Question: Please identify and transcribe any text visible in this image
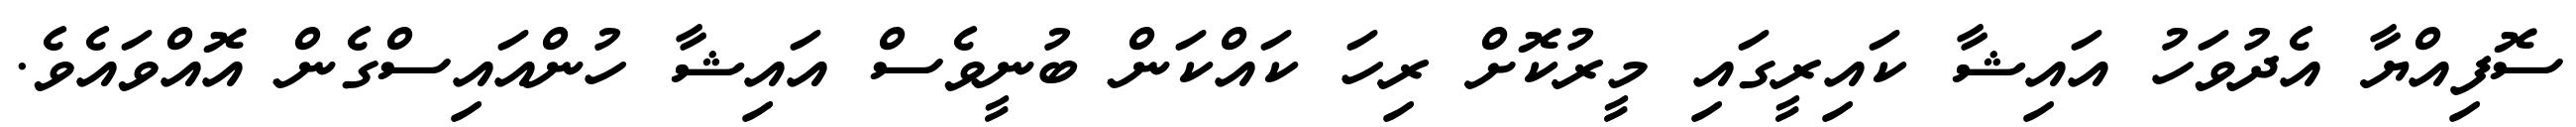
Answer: ސޮފިއްޔާ އެދުވަހު އައިޝާ ކައިރީގައި މީރުކޮށް ރިހަ ކައްކަން ބުނީވެސް އައިޝާ ހުންއައިސްގެން އޮއްވައެވެ.